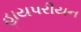
હાયપરીયન